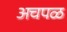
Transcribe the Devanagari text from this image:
अचपळ